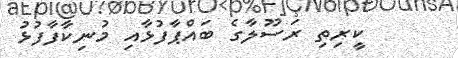
ކީރިތި ރަސޫލާގެ ބައްޕާފުޅާއި މުނިކާފާފުޅު